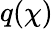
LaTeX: q(\chi)